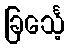
ခြင်္သေ့